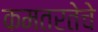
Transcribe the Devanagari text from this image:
कमतरतेचे